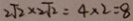
2 \sqrt { 2 } \times 2 \sqrt { 2 } = 4 \times 2 = 8